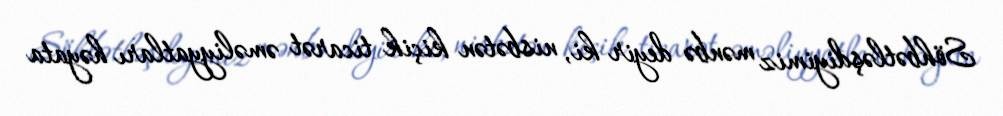
Söhbətləşdiyimiz mənbə deyir ki, nisbətən kiçik ticarət əməliyyatları həyata